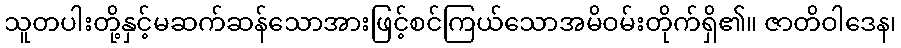
သူတပါးတို့နှင့်မဆက်ဆန်သောအားဖြင့်စင်ကြယ်သောအမိဝမ်းတိုက်ရှိ၏။ ဇာတိဝါဒေန၊